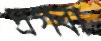
দ্রগবা